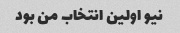
نیو اولین انتخاب من بود